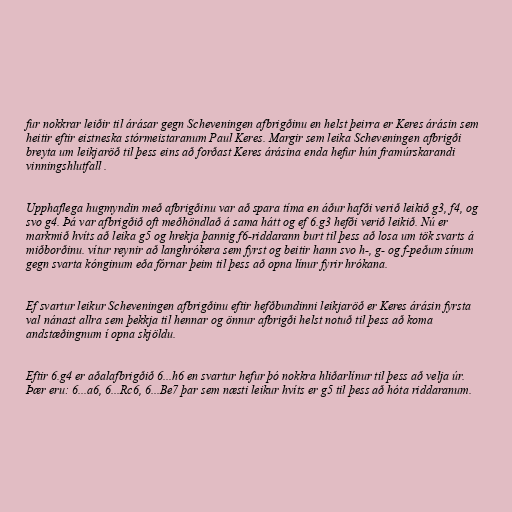
fur nokkrar leiðir til árásar gegn Scheveningen afbrigðinu en helst þeirra er Keres árásin sem
heitir eftir eistneska stórmeistaranum Paul Keres. Margir sem leika Scheveningen afbrigði
breyta um leikjaröð til þess eins að forðast Keres árásina enda hefur hún framúrskarandi
vinningshlutfall .

Upphaflega hugmyndin með afbrigðinu var að spara tíma en áður hafði verið leikið g3, f4, og
svo g4. Þá var afbrigðið oft meðhöndlað á sama hátt og ef 6.g3 hefði verið leikið. Nú er
markmið hvíts að leika g5 og hrekja þannig f6-riddarann burt til þess að losa um tök svarts á
miðborðinu. vítur reynir að langhrókera sem fyrst og beitir hann svo h-, g- og f-peðum sínum
gegn svarta kónginum eða fórnar þeim til þess að opna línur fyrir hrókana.

Ef svartur leikur Scheveningen afbrigðinu eftir hefðbundinni leikjaröð er Keres árásin fyrsta
val nánast allra sem þekkja til hennar og önnur afbrigði helst notuð til þess að koma
andstæðingnum í opna skjöldu.

Eftir 6.g4 er aðalafbrigðið 6...h6 en svartur hefur þó nokkra hliðarlínur til þess að velja úr.
Þær eru: 6...a6, 6...Rc6, 6...Be7 þar sem næsti leikur hvíts er g5 til þess að hóta riddaranum.